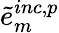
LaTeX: \tilde{e}_{m}^{inc,p}